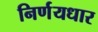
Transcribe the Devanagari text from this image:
निर्णयधार